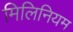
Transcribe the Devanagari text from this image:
मिलिनियम